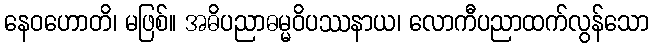
နေဝဟောတိ၊ မဖြစ်။ အဓိပညာဓမ္မဝိပဿနာယ၊ လောကီပညာထက်လွန်သော